Vaccination in Burma 1889-1999 - 1889-1999
Year: 1889
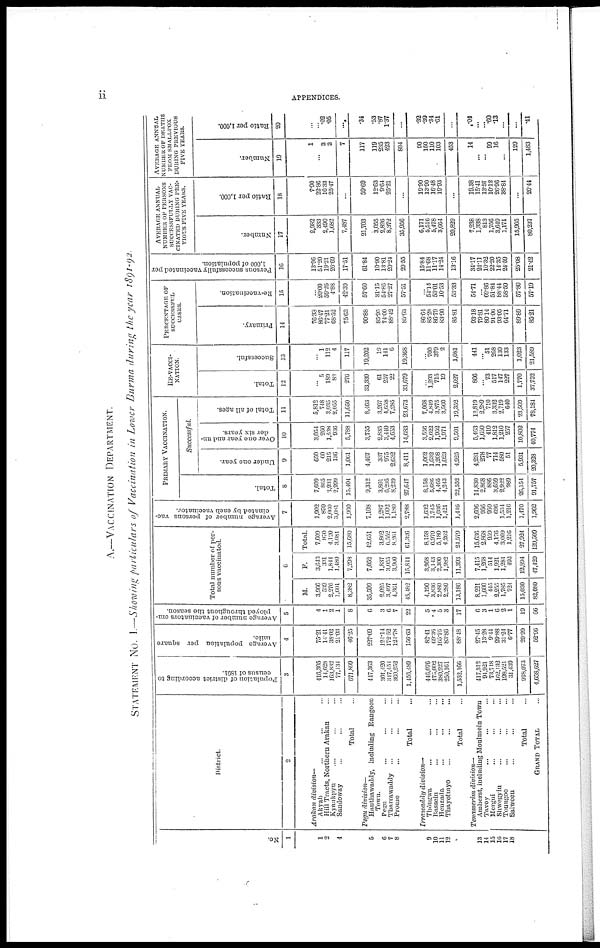
ii
APPENDICES.
A. — VACCINATION DEPARTMENT.
STATEMENT No. I.—Showing particulars of Vaccination in Lower Burma during the year 1891-92.
No.
1
1
2
3 4
5
6
7
8
9
10
11
12
13
14
15
16
17
18
District.
2
Arakan
division—
Akyab ... ... ...
Hill Tracts, Northern Arakan ...
Kyaukpyu ... ...
Sandoway ... ...
Total ...
Pegu
division—
Hanthawaddy, including Rangoon
Town.
Pegu ... ... ...
Tharrawaddy
... ... ...
Prome ... ...
Total ...
Irrawaddy
division—
Thongwa ... ... ...
Hussein ... ... ...
Henzada ... ... ...
Thayotmyo ... ... ...
Total ...
Tenasserim
division—
Amherst, including Moulmein Town
Tavoy ... ... ...
Morgui ... ... ...
Shwegyin ... ... ...
Toungoo ... ... ...
Salween ... ... ...
Total ...
GRAND TOTAL ...
Population of district according to
census of 1891.
3
416,305
14,628
163,832
77,134
671,899
447,363
301,420
347,454
360,252
1,456,489
446,076
475,002
380,927
250,161
1,552,166
417,312
94,921
73,748
162,132
198,521
31,439
978,073
4,658,627
Average population per square
mile.
4
75.21
14.41
38.02
21.03
46.25
227.09
124.14
172.52
124.78
156.63
82.41
69.36
165.76
83.86
88.48
27.45
13.28
9.44
29.88
31.24
6.77
20.99
52.96
Average Number of vaccinators em-
ployed throughout the season.
5
4
1
2
1
8
6
3
6
7
22
5
4
5
3
17
6
3
1
6
2
1
19
66
Total number of per-
sons vaccinated.
6
M.
3,966
539
2,276
1,601
8,382
35,599
2,025
3,497
4,361
45,482
4,190
3,836
2,880
2,280
13,186
8,221
1,600
445
2,255
1,785
724
15,030
82,080
F.
3,643
331
1,844
1,480
7,298
7,052
1,837
3,055
3,900
15,844
3,968
3,143
2,300
1,982
11,393
7,415
1,268
514
1,921
1,284
492
12,894
47,429
Total.
7,609
870
4,120
3,081
15,680
42,651
3,862
6,552
8,261
61,326
8,158
6,979
5,180
4,262
24,579
15,636
2,868
959
4,176
3,069
1,216
27,924
129,509
Average number of persons vac-
cinated by each vaccinator.
7
1,902
870
2,060
3,081
1,960
7,108
1,287
1,092
1,180
2,788
1,632
1,745
1,036
1,421
1,446
2,606
956
959
696
1,534
1,216
1,470
1,962
PRIMARY VACCINATION.
Total.
8
7,609
865
3,931
2,999
15,4041
9,312
3,801
6,295
8,239
27,647
8,158
5,686
4,465
4,243
22,552
14,830
2,868
886
3,659
2,922
989
26,154
91,757
Successful.
Under one year.
9
650
60
215
136
1,061
4,467
337
975
2,632
8,411
1,062
1,632
1,208
1,023
4,925
4,231
278
77
714
580
51
5,931
20,328
Over one year and un-
der six years.
10
3,054
260
1,538
936
5,788
3,755
2,835
3,440
4,653
14,683
3,556
2,022
1,952
1,971
9,501
5,463
1,650
410
1,812
1,210
257
10,802
40,774
Total of all ages.
11
5,812
748
3,035
2,055
11,650
8,463
3,267
4,658
7,285
23,673
7,068
4,849
3,875
3,560
19,352
13,819
2,289
710
3,332
2,719
640
23,503
78,184
RE-VACCI-
NATION.
Total.
12
...
5
189
82
276
33,339
61
257
22
33,679
...
1,293
715
19
2,027
806
...
73
517
147
227
1,770
37,752
Successful.
13
...
1
112
4
117
19,202
19
141
6
19,368
...
700
379
2
1,081
441
...
51
268
130
133
1,023
21,589
PERCENTAGE OF
SUCCESSFUL
CASES.
Primary.
14
76.33
86.47
77.21
68.52
75.63
90.88
85.95
74.00
88.42
85.63
86.64
85.28
86.79
83.90
85.81
93.18
79.81
80.14
91.06
93.05
64.71
89.89
85.21
Re-vaccination.
15
...
20.00
59.26
4.88
42.39
57.60
31.15
54.86
27.27
57.51
...
54.14
53.01
10.53
53.33
54.71
...
69.86
51.84
88.44
58.59
57.80
57.19
Persons successfully vaccinated per
1,000 of population.
16
13.96
51.20
19.21
26.69
17.51
61.84
10.90
13.81
20.24
29.55
15.84
11.68
11.17
14.24
13.16
34.17
24.11
10.32
22.20
14.35
24.59
25.08
21.42
AVERAGE ANNUAL
NUMBER OF PERSONS
SUCCESSFULLY VAC-
CINATED DURING PRE-
VIOUS FIVE YEARS.
Number.
17
2,982
333
2,490
1,682
7,487
21,703
3,055
2,820
8,372
35,956
6,171
5,516
5,478
3,664
20,829
7,238
1,338
813
1,756
3,649
1,171
15,965
80,237
Ratio per 1,000.
18
7.90
22.86
16.33
25.47
...
59.69
12.63
9.64
25.21
...
19.90
13.90
16.48
19.93
...
19.38
15.41
13.57
10.12
26.96
38.84
...
20.44
AVERAGE ANNUAL
NUMBER OF DEATHS
FROM SMALLPOX
DURING PREVIOUS
FIVE YEARS.
Number.
19
1
...
3
3
7
117
119
235
423
894
90
150
110
103
453
14
...
...
99
16
...
129
1,483
Ratio per 1,000.
20
...
...
.02
.05
...
.34
.53
.87
1.37
...
.32
.39
.34
.61
...
.04
...
...
.60
.13
...
...
.41